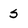
Character: s